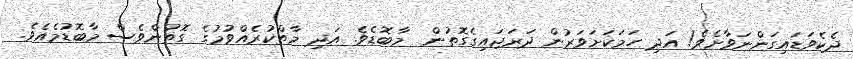
ދެކެވަޑައިގަންނަވާށެވެ! އަދި ހަމަކަށަވަރުން ދަރަޖައިގެގޮތުން  މާބޮޑެވެ. އަދި މާތްކުރެއްވުމުގެ ގޮތުންވެސް މާބޮޑުމެއެވެ.